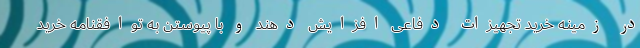
در زمینه خرید تجهیزات دفاعی افزایش دهند و با پیوستن به توافقنامه خرید